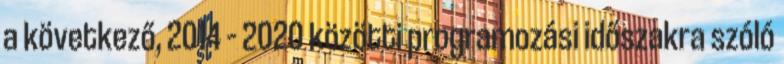
a következő, 2014 – 2020 közötti programozási időszakra szóló